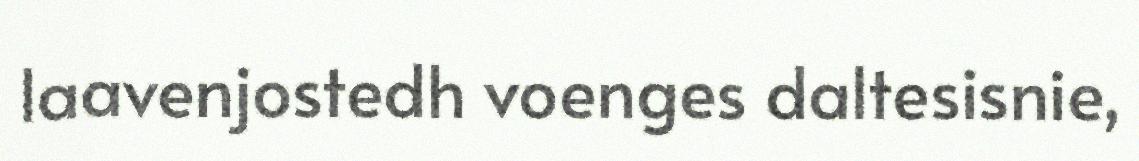
laavenjostedh voenges daltesisnie,